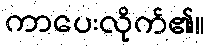
ကာပေးလိုက်၏။